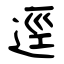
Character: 逕